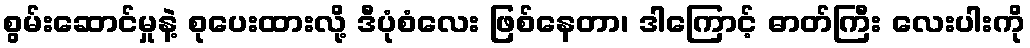
စွမ်းဆောင်မှုနဲ့ စုပေးထားလို့ ဒီပုံစံလေး ဖြစ်နေတာ၊ ဒါကြောင့် ဓာတ်ကြီး လေးပါးကို